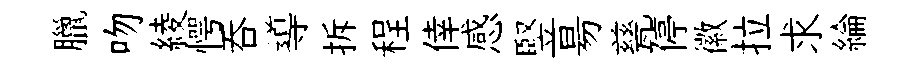
臘吻綾愕吞導拆程倖感竪昜甆停徽拉求綸